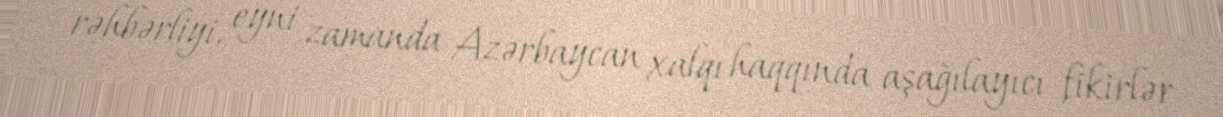
rəhbərliyi, eyni zamanda Azərbaycan xalqı haqqında aşağılayıcı fikirlər